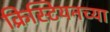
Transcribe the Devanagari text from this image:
क्रिस्टियनच्या